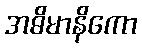
အဓိမာနိကော